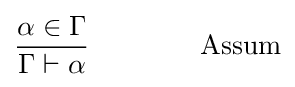
{\frac {\alpha \in \Gamma }{\Gamma \vdash \alpha }}\qquad \qquad {\text{Assum}}